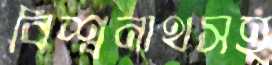
বিশ্বনাথসহ